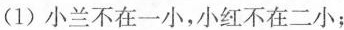
(1)小兰不在一小，小红不在二小；